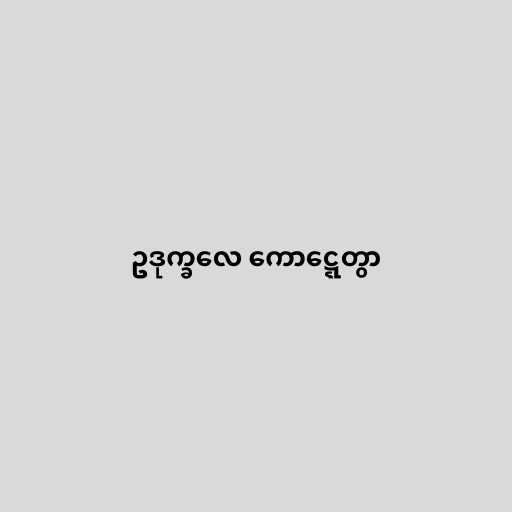
ဥဒုက္ခလေ ကောဋ္ဋေတွာ